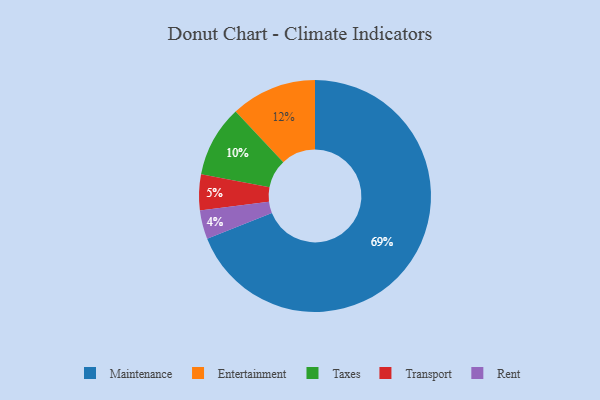
{"axis": {"x": "Category", "y": "Percentage"}, "legend": ["Entertainment", "Maintenance", "Rent", "Taxes", "Transport"], "data": [{"x": "Maintenance", "y": 69, "type": "Maintenance"}, {"x": "Entertainment", "y": 12, "type": "Entertainment"}, {"x": "Rent", "y": 4, "type": "Rent"}, {"x": "Taxes", "y": 10, "type": "Taxes"}, {"x": "Transport", "y": 5, "type": "Transport"}]}